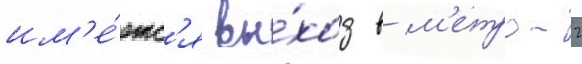
им'е́етс'я вы́ход в м'етро-2